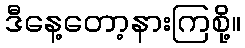
ဒီနေ့တော့နားကြစို့။